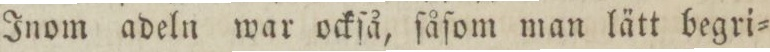
Inom adeln war ockſå, ſåſom man lätt begri=